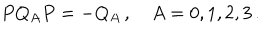
LaTeX: P Q _ { A } P = - Q _ { A } \, , \quad A = 0 , 1 , 2 , 3 \, .